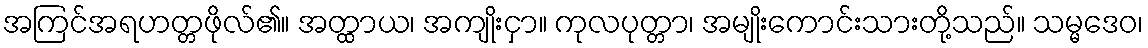
အကြင်အရဟတ္တဖိုလ်၏။ အတ္ထာယ၊ အကျိုးငှာ။ ကုလပုတ္တာ၊ အမျိုးကောင်းသားတို့သည်။ သမ္မဒေဝ၊